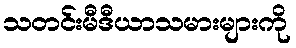
သတင်းမီဒီယာသမားများကို